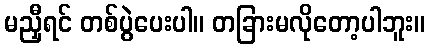
မညှီရင် တစ်ပွဲပေးပါ။ တခြားမလိုတော့ပါဘူး။